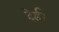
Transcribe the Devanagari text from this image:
देई।